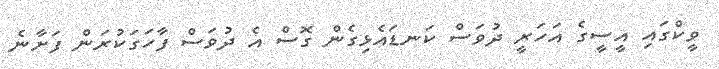
ވީކްގައި އީސީގެ އަހަރީ ދުވަސް ކަނޑައެޅިގެން ގޮސް އެ ދުވަސް ފާހަގަކުރަން ފަށާނެ